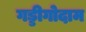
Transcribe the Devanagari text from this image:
गड्डीगोदाम